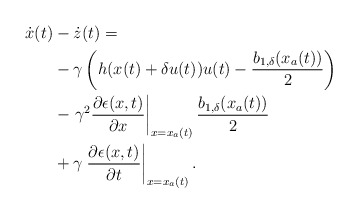
\begin{align*}\begin{aligned}\dot{x}(t)&-\dot{z}(t) =\\ &-\gamma\left(h(x(t)+\delta u(t))u(t)-\dfrac{b_{1,\delta}(x_a(t))}{2}\right)\\&-\left.\gamma^2\dfrac{\partial\epsilon(x,t)}{\partial x}\right|_{x = x_a(t)} \dfrac{b_{1,\delta}(x_a(t))}{2}\\& +\gamma\left.\dfrac{\partial \epsilon(x,t) }{\partial t}\right|_{x = x_a(t)}. \end{aligned}\end{align*}